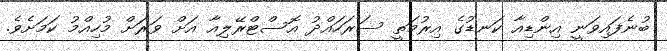
ބުނެފައިވަނީ އިންޑިއާ ކަނޑުގެ އިރުމަތީ ސަރަހައްދު އޮސްޓްރޭލިއާ އަށް ވަރަށް މުހިއްމު ކަމަށެވެ.